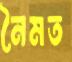
নৈমত